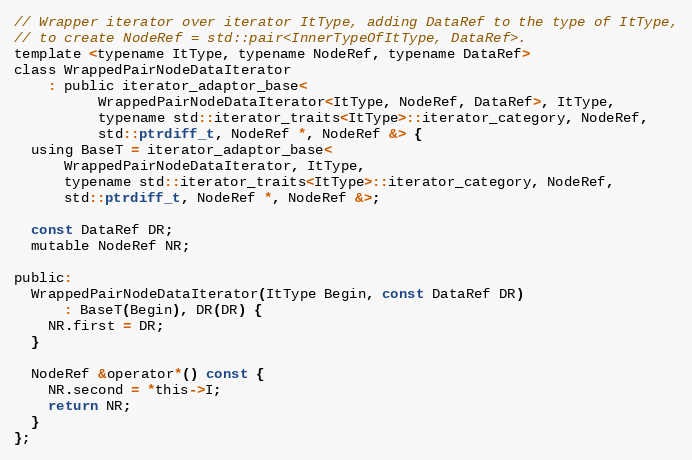
Language: C
// Wrapper iterator over iterator ItType, adding DataRef to the type of ItType,
// to create NodeRef = std::pair<InnerTypeOfItType, DataRef>.
template <typename ItType, typename NodeRef, typename DataRef>
class WrappedPairNodeDataIterator
    : public iterator_adaptor_base<
          WrappedPairNodeDataIterator<ItType, NodeRef, DataRef>, ItType,
          typename std::iterator_traits<ItType>::iterator_category, NodeRef,
          std::ptrdiff_t, NodeRef *, NodeRef &> {
  using BaseT = iterator_adaptor_base<
      WrappedPairNodeDataIterator, ItType,
      typename std::iterator_traits<ItType>::iterator_category, NodeRef,
      std::ptrdiff_t, NodeRef *, NodeRef &>;

  const DataRef DR;
  mutable NodeRef NR;

public:
  WrappedPairNodeDataIterator(ItType Begin, const DataRef DR)
      : BaseT(Begin), DR(DR) {
    NR.first = DR;
  }

  NodeRef &operator*() const {
    NR.second = *this->I;
    return NR;
  }
};